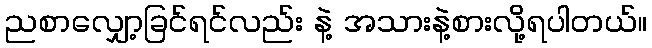
ညစာလျှော့ခြင်ရင်လည်း နဲ့ အသားနဲ့စားလို့ရပါတယ်။